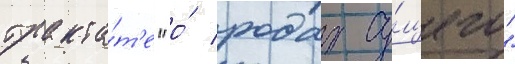
тракта́т'е "о́ родах су́щего"